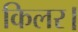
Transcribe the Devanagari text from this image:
किलर।